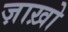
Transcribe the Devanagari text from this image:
ज़ाख़ो